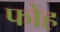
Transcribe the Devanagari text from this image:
फोह